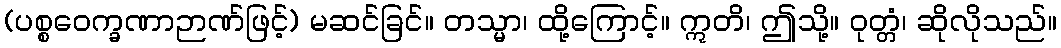
(ပစ္စဝေက္ခဏာဉာဏ်ဖြင့်) မဆင်ခြင်။ တသ္မာ၊ ထို့ကြောင့်။ ဣတိ၊ ဤသို့။ ဝုတ္တံ၊ ဆိုလိုသည်။